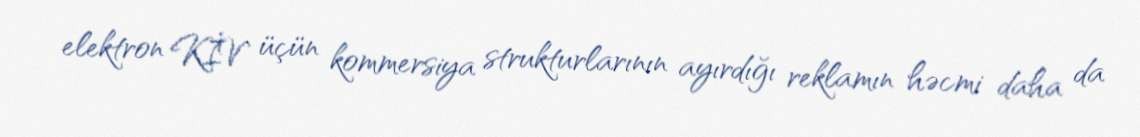
elektron KİV üçün kommersiya strukturlarının ayırdığı reklamın həcmi daha da